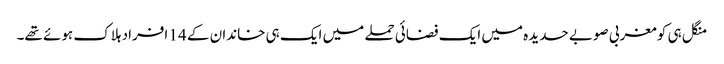
منگل ہی کو مغربی صوبے حدیدہ میں ایک فضائی حملے میں ایک ہی خاندان کے 14 افراد ہلاک ہوئے تھے۔